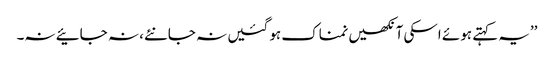
’’یہ کہتے ہوئے اسکی آنکھیں نمناک ہو گئیں نہ جانئے، نہ جائیے نہ۔